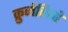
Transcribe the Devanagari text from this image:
क्रुजेरियो